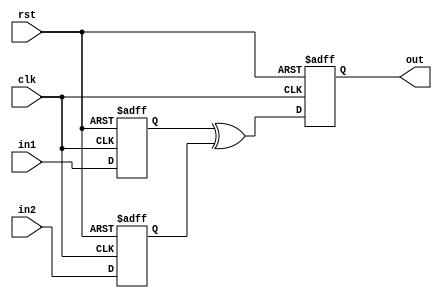
module timing_control_and_sync (
    input wire clk,
    input wire rst,
    input wire in1,
    input wire in2,
    output reg out
);

reg delayed_in1, delayed_in2;

// Delay elements for input signals
always @ (posedge clk or posedge rst)
begin
    if (rst)
    begin
        delayed_in1 <= 1'b0;
        delayed_in2 <= 1'b0;
    end
    else
    begin
        delayed_in1 <= in1;
        delayed_in2 <= in2;
    end
end

// XOR gate functionality with synchronized inputs
always @ (posedge clk or posedge rst)
begin
    if (rst)
        out <= 1'b0;
    else
        out <= delayed_in1 ^ delayed_in2;
end

endmodule